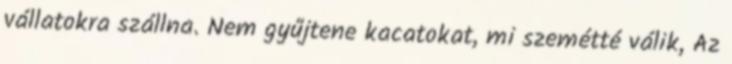
vállatokra szállna. Nem gyűjtene kacatokat, mi szemétté válik, Az